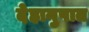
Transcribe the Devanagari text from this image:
देहानुपात